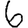
Digit: 6